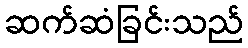
ဆက်ဆံခြင်းသည်